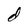
Character: d